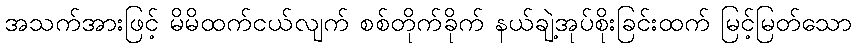
အသက်အားဖြင့် မိမိထက်ငယ်လျက် စစ်တိုက်ခိုက် နယ်ချဲ့အုပ်စိုးခြင်းထက် မြင့်မြတ်သော